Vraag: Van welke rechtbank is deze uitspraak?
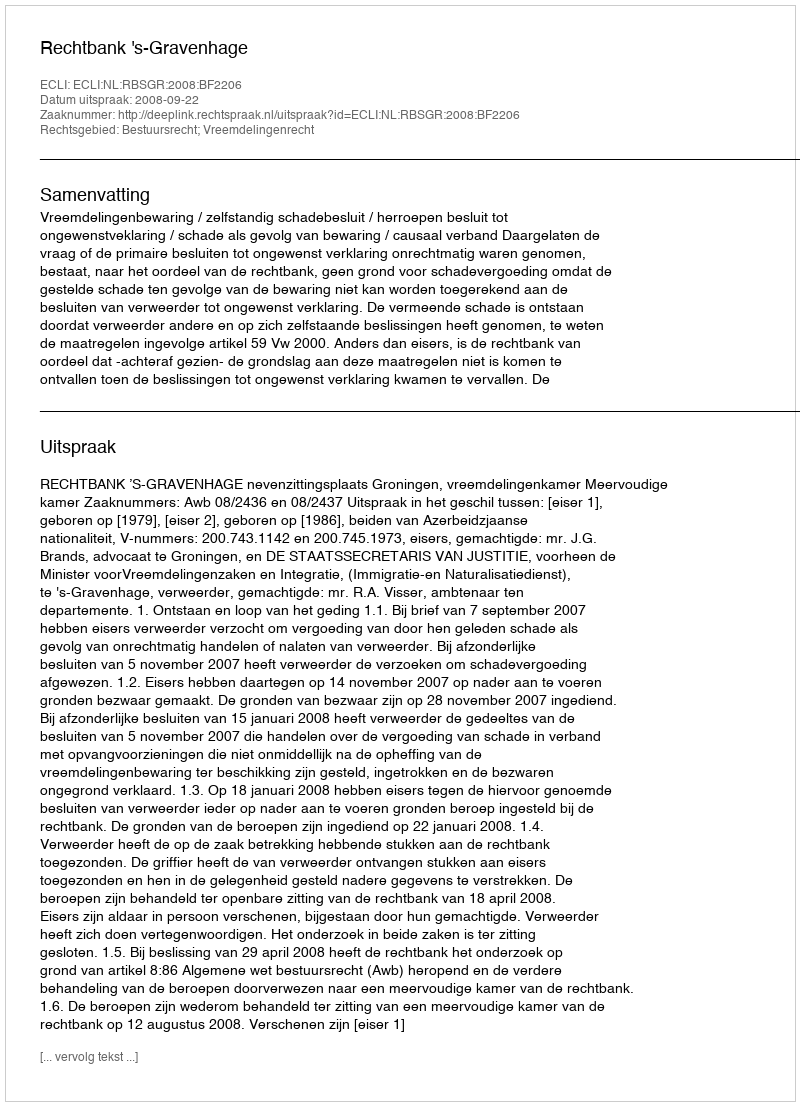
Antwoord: Rechtbank 's-Gravenhage